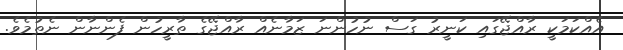
އެއްކަމަކީ ރާއްޖޭގައި ކަނީރު ގަސް ނުހުންނަ ޒަމާނެއް ރާއްޖޭގެ ތާރީހުން ފެންނާން ނެތުމެވެ.